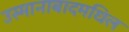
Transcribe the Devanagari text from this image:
उस्मानाबादमधिल